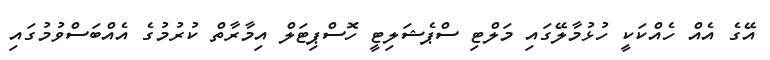
އޭގެ އެެއް ހެއްކަކީ ހުޅުމާލޭގައި މަލްޓި ސްޕެޝަލިޓީ ހޮސްޕިޓަލް އިމާރާތް ކުރުމުގެ އެއްބަސްވުމުގައި